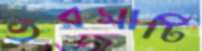
ভরসাটি